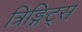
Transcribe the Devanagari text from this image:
त्रिङ्गिट्स